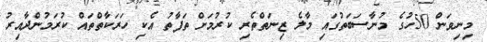
މިނިވަން 50ހުގެ މުނާސަބަތުގައި މާލެ ޒިނަތްތެރި ކުރުމަށް ތަފާތު އެކި ހަރަކާތްތައް ކުރަމުންދާއިރު